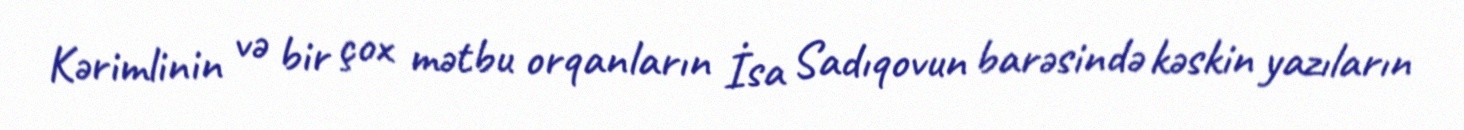
Kərimlinin və bir çox mətbu orqanların İsa Sadıqovun barəsində kəskin yazıların